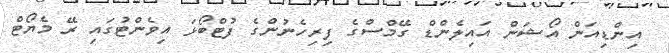
އިންޑިއަން އޯޝަން އައިލެންޑް ގޭމްސްގެ ފިރިހެނުންގެ ފުޓްބޯޅަ އިވެންޓުގައި ރޭ މެޔޯޓް